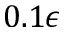
0 . 1 \epsilon